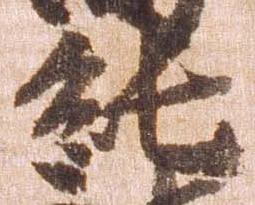
純